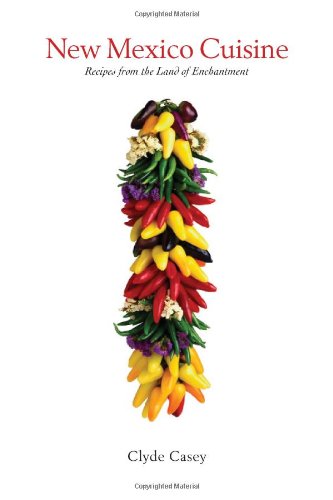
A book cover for New Mexico Cuisine: Recipes from the Land of Enchantment; Clyde Casey; Cookbooks, Food & Wine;